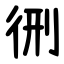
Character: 㣜